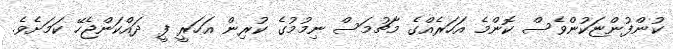
ކުންފުންޏަކުންވެސް ކޮންމެ އަހަރެއްގެ މާޗުމަސް ނިމުމުގެ ކުރިން އަހަރީ ފީ ދައްކަންޖެހޭ ކަމަށެވެ.